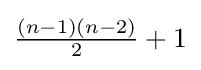
{\tfrac {(n-1)(n-2)}{2}}+1